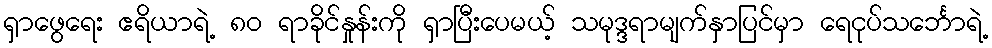
ရှာဖွေရေး ဧရိယာရဲ့ ၈၀ ရာခိုင်နှုန်းကို ရှာပြီးပေမယ့် သမုဒ္ဒရာမျက်နှာပြင်မှာ ရေငုပ်သင်္ဘောရဲ့